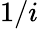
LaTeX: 1/i